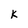
Character: K